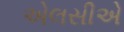
એલસીએ